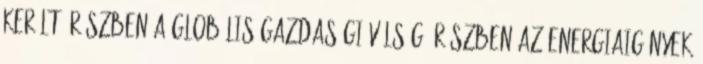
került. Részben a globális gazdasági válság, részben az energiaigények